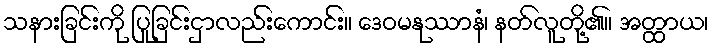
သနားခြင်းကို ပြုခြင်းငှာလည်းကောင်း။ ဒေဝမနုဿာနံ၊ နတ်လူတို့၏။ အတ္ထာယ၊